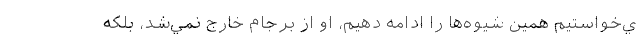
ي‌خواستيم همين شيوه‌ها را ادامه دهيم، او از برجام خارج نمي‌شد، بلكه